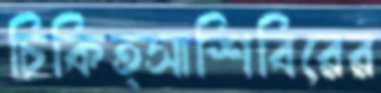
চিকিত্সাশিবিরের